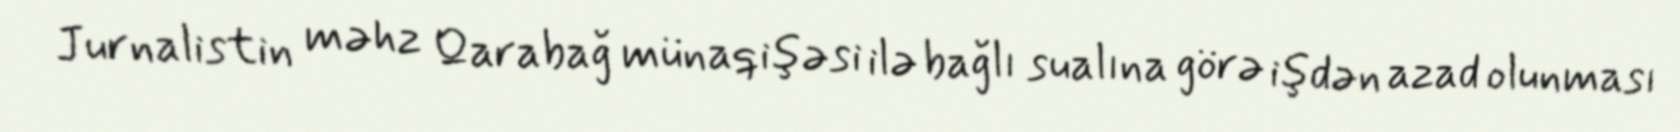
Jurnalistin məhz Qarabağ münaqişəsi ilə bağlı sualına görə işdən azad olunması